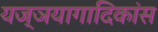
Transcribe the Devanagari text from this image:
यज्ञयागादिकांस